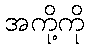
အကို့ကို